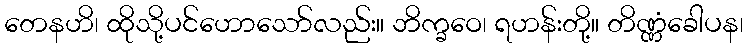
တေနဟိ၊ ထိုသို့ပင်ဟောသော်လည်း။ ဘိက္ခဝေ၊ ရဟန်းတို့။ တိဏ္ဏံခေါပန၊